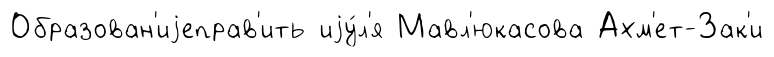
Образован'иjеправ'ить иjу́л'я Мавл'юкасова Ахм'ет-Зак'и